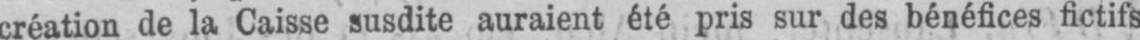
création de la Caisse susdite auraient été pris sur des bénéfices fictifs